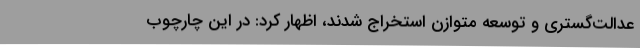
عدالت‌گستری و توسعه متوازن استخراج شدند، اظهار کرد: در این چارچوب